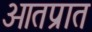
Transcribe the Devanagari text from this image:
ओतप्रात